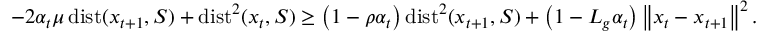
\begin{array} { r } { - 2 \alpha _ { t } \mu \operatorname { d i s t } ( x _ { t + 1 } , S ) + \operatorname { d i s t } ^ { 2 } ( x _ { t } , S ) \geq \left( { 1 } - { \rho } \alpha _ { t } \right) \operatorname { d i s t } ^ { 2 } ( x _ { t + 1 } , S ) + \left( 1 - { L _ { g } } \alpha _ { t } \right) \left\Vert x _ { t } - x _ { t + 1 } \right\Vert ^ { 2 } . } \end{array}